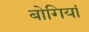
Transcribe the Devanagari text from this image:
बोगियां